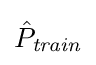
{\hat {P}}_{\mathit {train}}